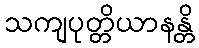
သကျပုတ္တိယာနန္တိ